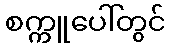
စက္ကူပေါ်တွင်